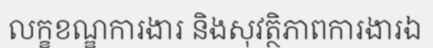
លក្ខខណ្ឌការងារ និងសុវត្ថិភាពការងារឯ